Indian journal of veterinary science and animal husbandry - Volumes 15-17, 1948-1951
Year: 1948
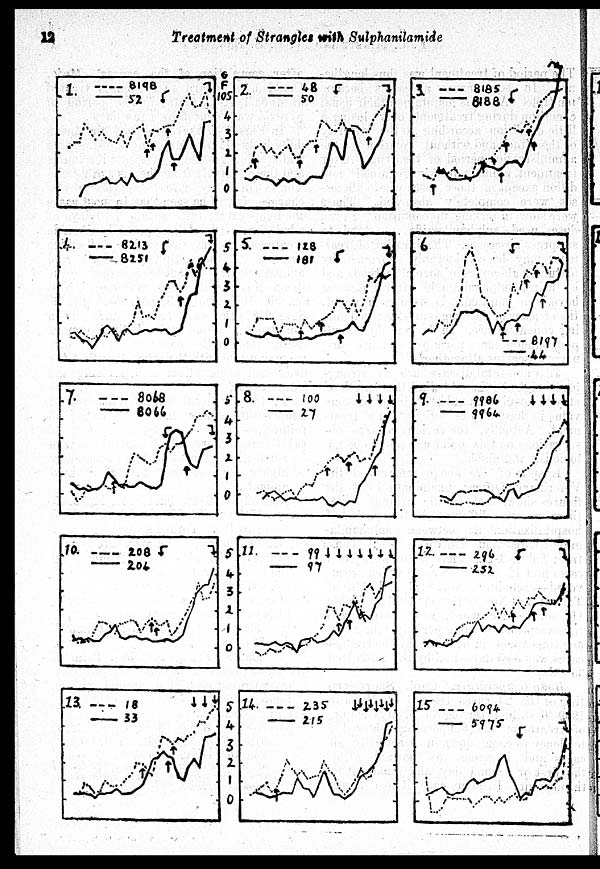
12
Treatment of Strangles with Sulphanilamide